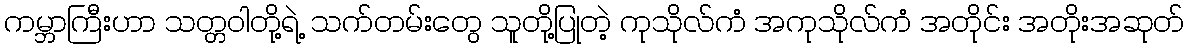
ကမ္ဘာကြီးဟာ သတ္တဝါတို့ရဲ့ သက်တမ်းတွေ သူတို့ပြုတဲ့ ကုသိုလ်ကံ အကုသိုလ်ကံ အတိုင်း အတိုးအဆုတ်